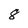
Character: 8